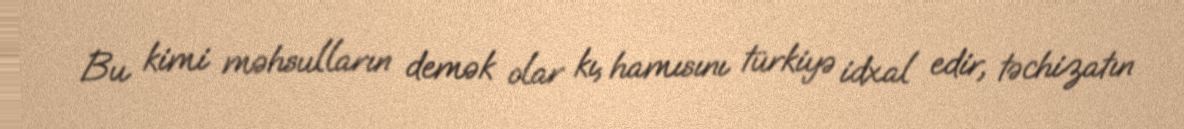
Bu kimi məhsulların demək olar kı, hamısını türkiyə idxal edir, təchizatın